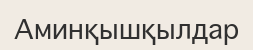
Аминқышқылдар